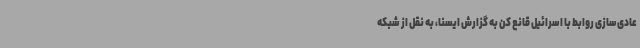
عادی‌سازی روابط با اسرائیل قانع کن به گزارش ایسنا، به نقل از شبکه